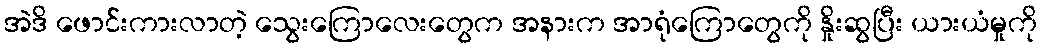
အဲဒိ ဖောင်းကားလာတဲ့ သွေးကြောလေးတွေက အနားက အာရုံကြောတွေကို နှိုးဆွပြီး ယားယံမှုကို